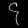
Digit: ၄